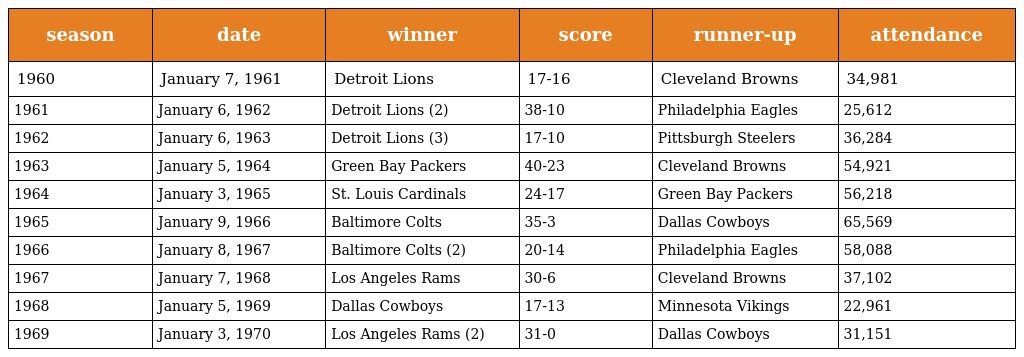
| season | date | winner | score | runner-up | attendance |
 | --- | --- | --- | --- | --- | --- |
 | 1960 | January 7, 1961 | Detroit Lions | 17-16 | Cleveland Browns | 34,981 |
 | 1961 | January 6, 1962 | Detroit Lions (2) | 38-10 | Philadelphia Eagles | 25,612 |
 | 1962 | January 6, 1963 | Detroit Lions (3) | 17-10 | Pittsburgh Steelers | 36,284 |
 | 1963 | January 5, 1964 | Green Bay Packers | 40-23 | Cleveland Browns | 54,921 |
 | 1964 | January 3, 1965 | St. Louis Cardinals | 24-17 | Green Bay Packers | 56,218 |
 | 1965 | January 9, 1966 | Baltimore Colts | 35-3 | Dallas Cowboys | 65,569 |
 | 1966 | January 8, 1967 | Baltimore Colts (2) | 20-14 | Philadelphia Eagles | 58,088 |
 | 1967 | January 7, 1968 | Los Angeles Rams | 30-6 | Cleveland Browns | 37,102 |
 | 1968 | January 5, 1969 | Dallas Cowboys | 17-13 | Minnesota Vikings | 22,961 |
 | 1969 | January 3, 1970 | Los Angeles Rams (2) | 31-0 | Dallas Cowboys | 31,151 |